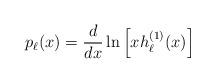
LaTeX: \begin{align*}p_\ell(x)=\frac{d}{dx} \ln \left[ xh_\ell^{(1)}(x)\right]\end{align*}